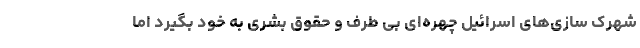
شهرک سازی­های اسرائیل چهر­ه­ای بی طرف و حقوق بشری به خود بگیرد اما